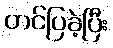
တင်ပြခဲ့ပြီး